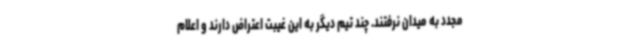
مجدد به میدان نرفتند. چند تیم دیگر به این غیبت اعتراض دارند و اعلام